Annual report of the Imperial Bacteriological Laboratory, Muktesar
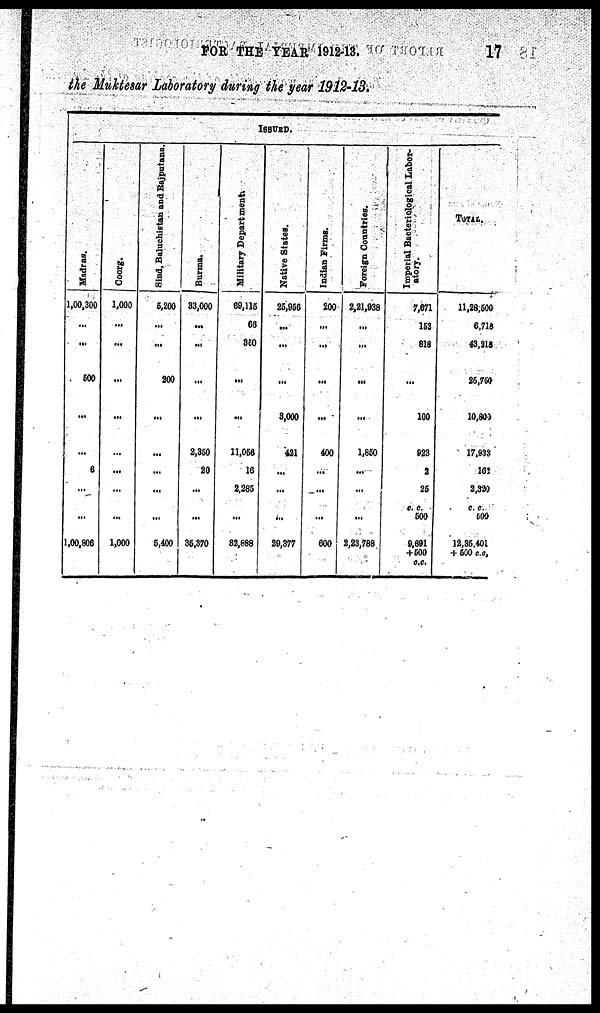
FOR THE YEAR 1912-13.
17
the Muktesar Laboratory during the year 1912-13.
Madras.
1,00,300
...
500
...
...
6
1,00,806
Coorg
1,000
...
...
...
...
...
1,000
Sind, Baluchistan and Rajputana.
5,200
...
200
...
...
...
5,400
Burma.
33,000
...
...
...
2,350
20
35,370
ISSUED.
Military Department
69,115
66
350
...
...
11,056
16
2,285
82,888
Native States.
25,956
...
...
3,000
421
...
29,377
Indian Firms.
200
...
...
...
400
...
600
Foreign Countries.
2,21,938
...
...
...
1,850
...
2,23,788
Imperial Bacteriological Labor¬
tory.
7,671
152
818
...
100
923
2
25
c. c.
500
9,691
+500
c.c.
TOTAL
11,28,500
6,718
43,218
25,750
10,800
17,933
162
2,329
c. c.
500
12,35,401
+ 500 c.c.